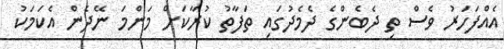
އެއްފަހަރު ވެސް ތި ދެބެންގެ ދެމެދުގައި ތަފާތު ކުރާކަށް މަންމަ ނޭދެން އެކަމަކު